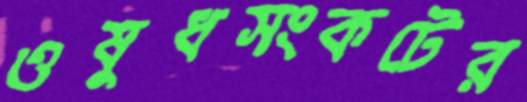
ওষুধসংকটের